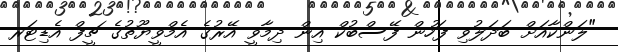
"ލަންކާއަށް ބަދަލުވި ފަހުން ފޭސްބުކް އިން ދިމާވީ އޭރުގެ އެމްވީޔޫތުގެ ޗީފް އެޑިޓަރ